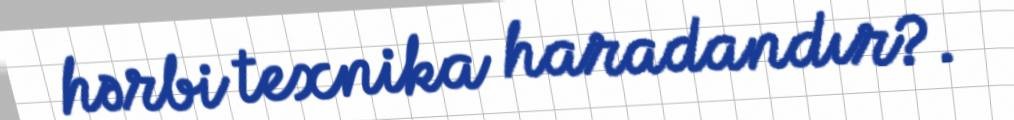
hərbi texnika haradandır?.